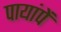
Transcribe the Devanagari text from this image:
पायांपें